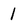
Character: 1